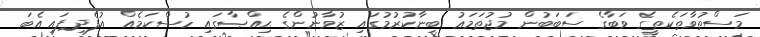
މަސްތުވާތަކެތީގެ ވަބާގެ ސަބަބުން މުޖުތަމަޢު ބިނާކުރުމުގައި ޒުވާނުންގެ ޙިއްޞާގައި ހުސްކަމެއް އުފެދިފައި އެބަ